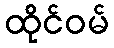
ထိုင်ဝမ်